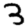
Digit: 3